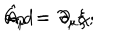
\hat { A } _ { \mu } \, = \, \partial _ { \mu } \chi \, \hspace { 0 . 5 c m } \mathrm { a n d } \hspace { 0 . 5 c m } C _ { \mu } \, = \, \partial _ { \mu } \xi \, ;